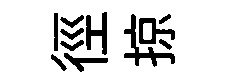
徑掠